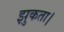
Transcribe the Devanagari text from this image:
झुकता।